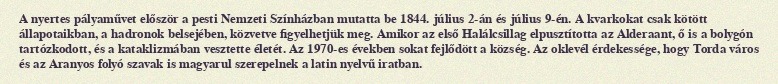
A nyertes pályaművet először a pesti Nemzeti Színházban mutatta be 1844. július 2-án és július 9-én. A kvarkokat csak kötött állapotaikban, a hadronok belsejében, közvetve figyelhetjük meg. Amikor az első Halálcsillag elpusztította az Alderaant, ő is a bolygón tartózkodott, és a kataklizmában vesztette életét. Az 1970-es években sokat fejlődött a község. Az oklevél érdekessége, hogy Torda város és az Aranyos folyó szavak is magyarul szerepelnek a latin nyelvű iratban.